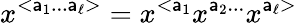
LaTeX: x^{<\mathsf{a}_{1}...\mathsf{a}_{\ell}>}=x^{<\mathsf{a}_{1}}x^{\mathsf{a}_{2}...}x^{\mathsf{a}_{\ell}>}